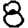
Digit: 8